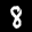
Label: 8